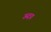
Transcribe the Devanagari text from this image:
ऊदय